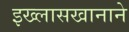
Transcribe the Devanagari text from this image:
इख्लासखानाने